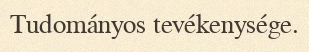
Tudományos tevékenysége.